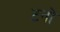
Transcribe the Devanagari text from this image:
टनो